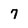
Character: 7